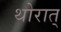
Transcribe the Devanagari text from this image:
थोरात्